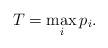
LaTeX: \begin{align*}T=\max_{i}p_{i}. \end{align*}